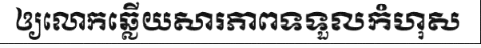
ឲ្យលោកឆ្លើយសារភាពទទួលកំហុស